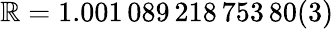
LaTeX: \mathbb{R}=1.001\, 089\, 218\, 753\, 80(3)